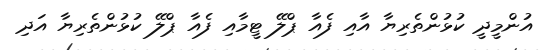
އުންމީދީ ކުޅުންތެރިޔާ އާއި ފެއާ ޕްލޭ ޓީމާއި ފެއާ ޕްލޭ ކުޅުންތެރިޔާ އަދި